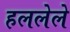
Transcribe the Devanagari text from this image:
हललेले